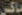
ماكس